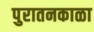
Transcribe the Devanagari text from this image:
पुरातनकाळा